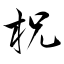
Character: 柷